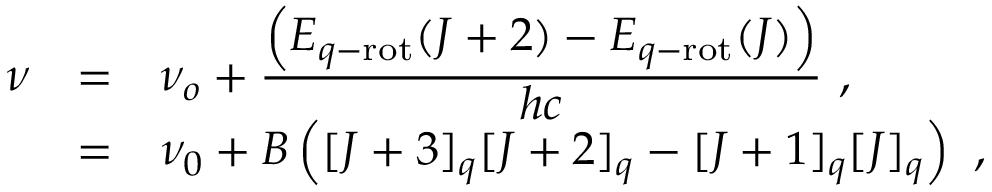
\begin{array} { r c l } { { \nu } } & { { = } } & { { \nu _ { o } + \frac { \displaystyle \left( E _ { q - \mathrm { r o t } } ( J + 2 ) - E _ { q - \mathrm { r o t } } ( J ) \right) } { \displaystyle h c } ~ , } } \\ { { } } & { { = } } & { { \nu _ { 0 } + B \left( [ J + 3 ] _ { q } [ J + 2 ] _ { q } - [ J + 1 ] _ { q } [ J ] _ { q } \right) ~ , } } \end{array}